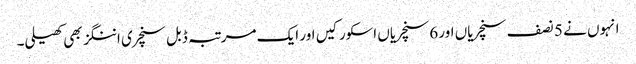
انہوں نے 5 نصف سنچریاں اور 6 سنچریاں اسکور کیں اور ایک مرتبہ ڈبل سنچری اننگز بھی کھیلی۔